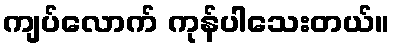
ကျပ်လောက် ကုန်ပါသေးတယ်။